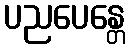
ပညပေန္တေ